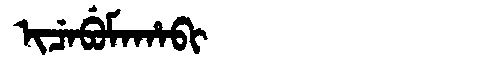
Manchu: ᡳᠴᡝᠪᡠᠮᠠᡥᠠᠪᡳ
Romanization: ICEBUMAHABI